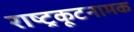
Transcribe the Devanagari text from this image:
राष्ट्रकूटनामक